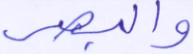
والبصر